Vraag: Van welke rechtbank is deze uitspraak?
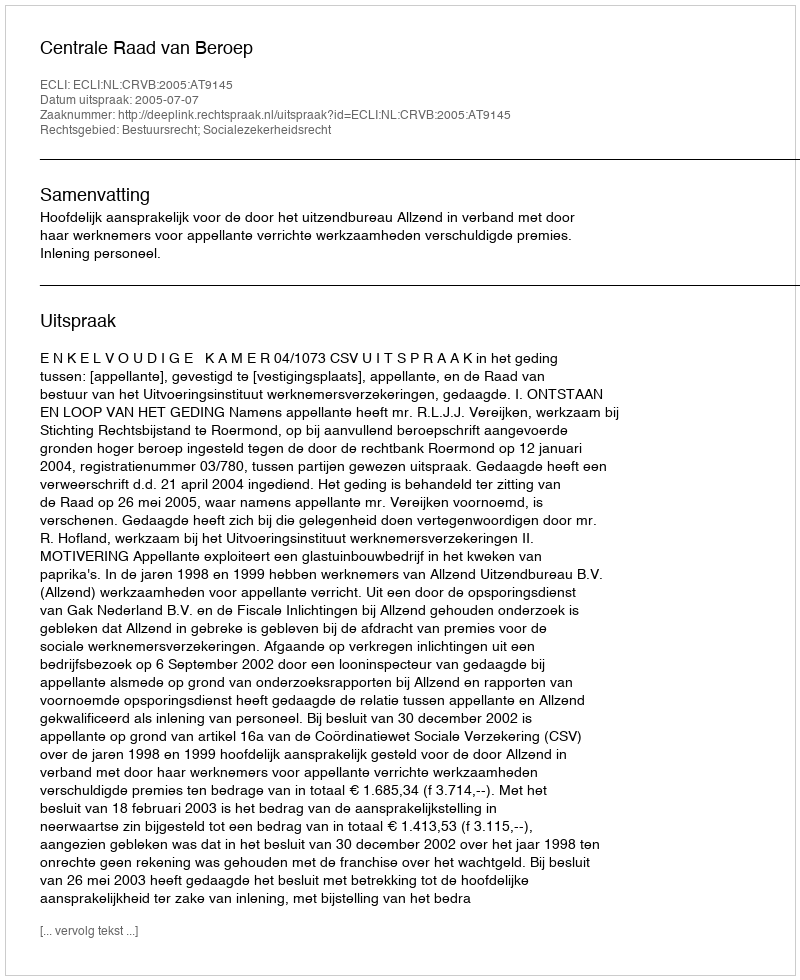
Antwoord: Centrale Raad van Beroep